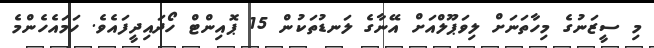
މި ސީޒަނުގެ މިހާތަނަށް ލިވަޕޫލްއަށް އޭނާގެ ލަނޑުތަކުން 15 ޕޮއިންޓް ހޯދައިދީފައެވެ. ހަމައެހެންމެ